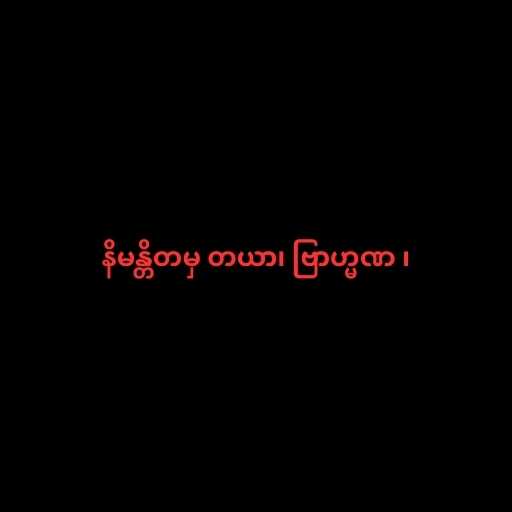
နိမန္တိတမှ တယာ၊ ဗြာဟ္မဏ ၊